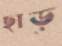
ছাড়্‌